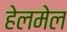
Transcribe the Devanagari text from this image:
हेलमेल